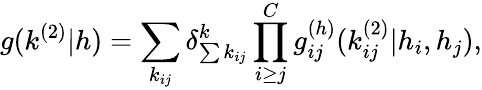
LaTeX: g(k^{(2)}|h)=\sum_{k_{ij}}\delta_{\sum{k_{ij}}}^{k}\prod_{i\geq j}^{C}g_{ij}^{(h)}(k_{ij}^{(2)}|h_{i},h_{j}),